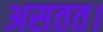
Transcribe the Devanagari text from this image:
असतत।